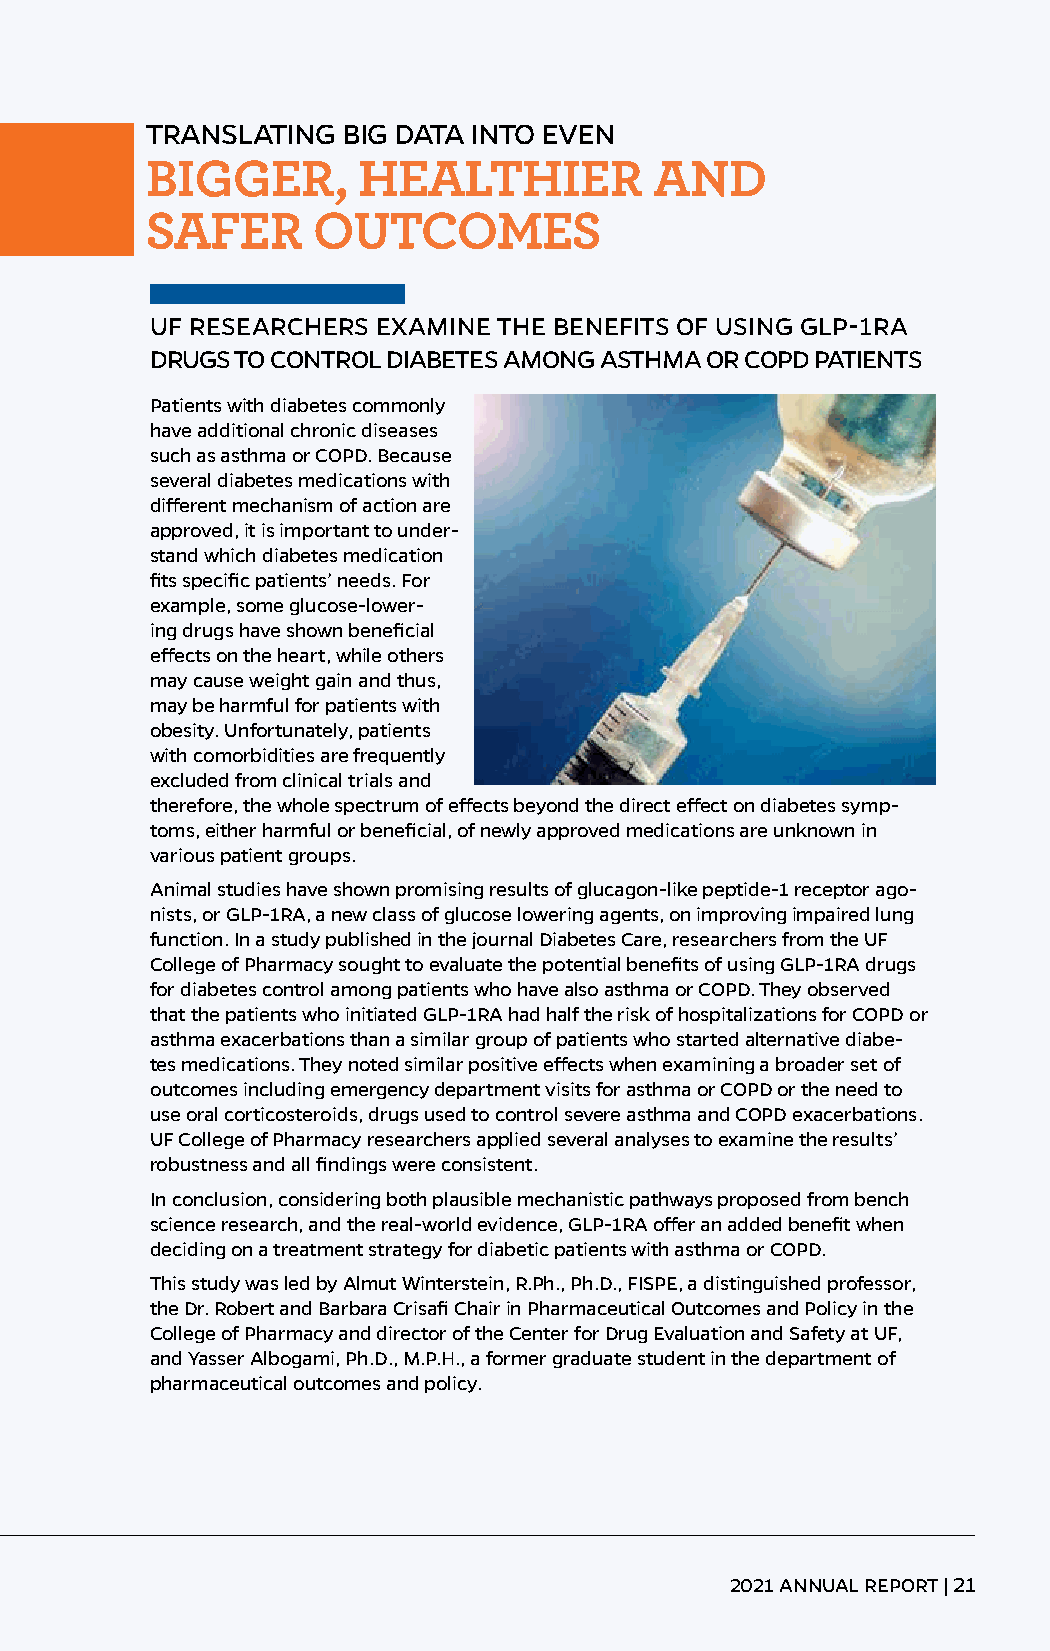
TRANSLATING  BIG DATA INTO EVEN
 BIGGER,       HEALTHIER          AND
 SAFER      OUTCOMES
 UF RESEARCHERS EXAMINE THE BENEFITS OF USING GLP-1RA
 DRUGS TO CONTROL DIABETES AMONG ASTHMA OR COPD PATIENTS
 Patients with diabetes commonly
 have additional chronic diseases
 such as asthma or COPD. Because
 several diabetes medications with
 different mechanism of action are
 approved, it is important to under-
 stand which diabetes medication
 fits specific patients’ needs. For
 example, some glucose-lower-
 ing drugs have shown beneficial
 effects on the heart, while others
 may cause weight gain and thus,
 may be harmful for patients with
 obesity. Unfortunately, patients
 with comorbidities are frequently
 excluded from clinical trials and
 therefore, the whole spectrum of effects beyond the direct effect on diabetes symp-
 toms, either harmful or beneficial, of newly approved medications are unknown in
 various patient groups.
 Animal studies have shown promising results of glucagon-like peptide-1 receptor ago-
 nists, or GLP-1RA, a new class of glucose lowering agents, on improving impaired lung
 function. In a study published in the journal Diabetes Care, researchers from the UF
 College of Pharmacy sought to evaluate the potential benefits of using GLP-1RA drugs
 for diabetes control among patients who have also asthma or COPD. They observed
 that the patients who initiated GLP-1RA had half the risk of hospitalizations for COPD or
 asthma exacerbations than a similar group of patients who started alternative diabe-
 tes medications. They noted similar positive effects when examining a broader set of
 outcomes including emergency department visits for asthma or COPD or the need to
 use oral corticosteroids, drugs used to control severe asthma and COPD exacerbations.
 UF College of Pharmacy researchers applied several analyses to examine the results’
 robustness and all findings were consistent.
 In conclusion, considering both plausible mechanistic pathways proposed from bench
 science research, and the real-world evidence, GLP-1RA offer an added benefit when
 deciding on a treatment strategy for diabetic patients with asthma or COPD.
 This study was led by Almut Winterstein, R.Ph., Ph.D., FISPE, a distinguished professor,
 the Dr. Robert and Barbara Crisafi Chair in Pharmaceutical Outcomes and Policy in the
 College of Pharmacy and director of the Center for Drug Evaluation and Safety at UF,
 and Yasser Albogami, Ph.D., M.P.H., a former graduate student in the department of
 pharmaceutical outcomes and policy.
 2021 ANNUAL REPORT | 21